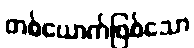
တစ်ယောက်ဖြစ်သော